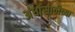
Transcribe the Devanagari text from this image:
अंधांसाठीच्या